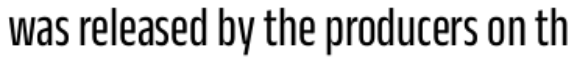
was released by the producers on th